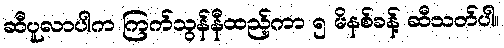
ဆီပူလာပါက ကြက်သွန်နီထည့်ကာ ၅ မိနစ်ခန့် ဆီသတ်ပါ။